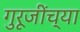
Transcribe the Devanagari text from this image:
गुरूजींच्या